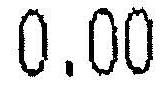
0.00